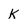
Character: K